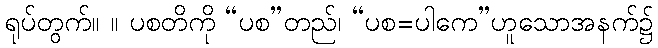
ရုပ်တွက်။ ။ ပစတိကို “ပစ”တည်၊ “ပစ=ပါကေ”ဟူသောအနက်၌